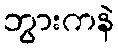
ဘွားကနဲ